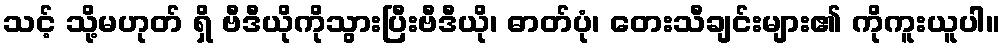
သင့် သို့မဟုတ် ရှိ ဗီဒီယိုကိုသွားပြီးဗီဒီယို၊ ဓာတ်ပုံ၊ တေးသီချင်းများ၏ ကိုကူးယူပါ။